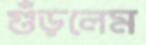
গুঁড়লেম